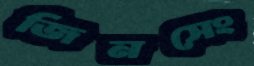
জিনসেং